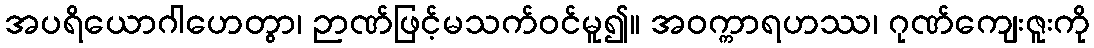
အပရိယောဂါဟေတွာ၊ ဉာဏ်ဖြင့်မသက်ဝင်မူ၍။ အဝက္ကာရဟဿ၊ ဂုဏ်ကျေးဇူးကို